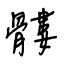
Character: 髏